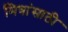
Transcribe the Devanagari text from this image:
मित्रांसाठी